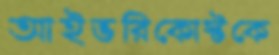
আইভরিকোস্টকে